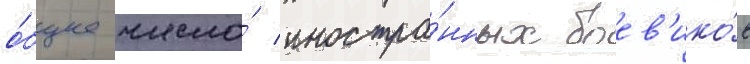
о́бщее число́ иностра́нных боев'ико́в